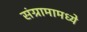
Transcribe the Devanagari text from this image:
संग्रामामध्‍ये